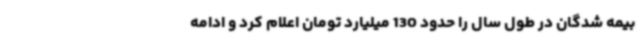
بیمه شدگان در طول سال را حدود 130 میلیارد تومان اعلام کرد و ادامه